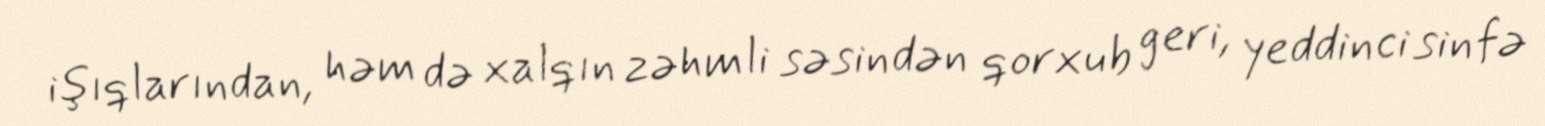
işıqlarından, həm də xalqın zəhmli səsindən qorxub geri, yeddinci sinfə